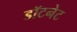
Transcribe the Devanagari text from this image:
डॉटनेट